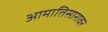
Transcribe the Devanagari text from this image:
आमातिसारावर